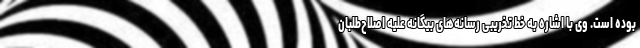
بوده است. وی با اشاره به خط تخریبی رسانه‌های بیگانه علیه اصلاح‌طلبان